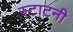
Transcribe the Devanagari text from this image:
स्टाटनी